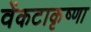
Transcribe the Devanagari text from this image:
वेंकटाकृष्णा